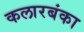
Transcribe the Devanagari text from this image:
कलारबंका